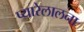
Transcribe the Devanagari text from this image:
प्यारेलालना